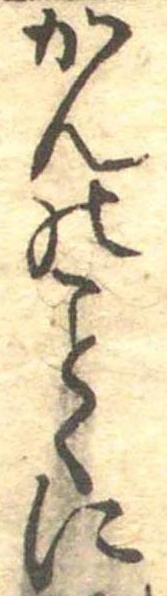
かんのくに